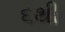
૬થી